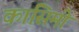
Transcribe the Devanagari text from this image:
कासिमी